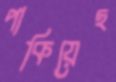
পাকিয়েছ